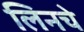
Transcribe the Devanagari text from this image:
लिनचे